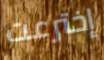
إخترعت